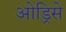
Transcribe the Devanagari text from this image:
ओड्रिसे